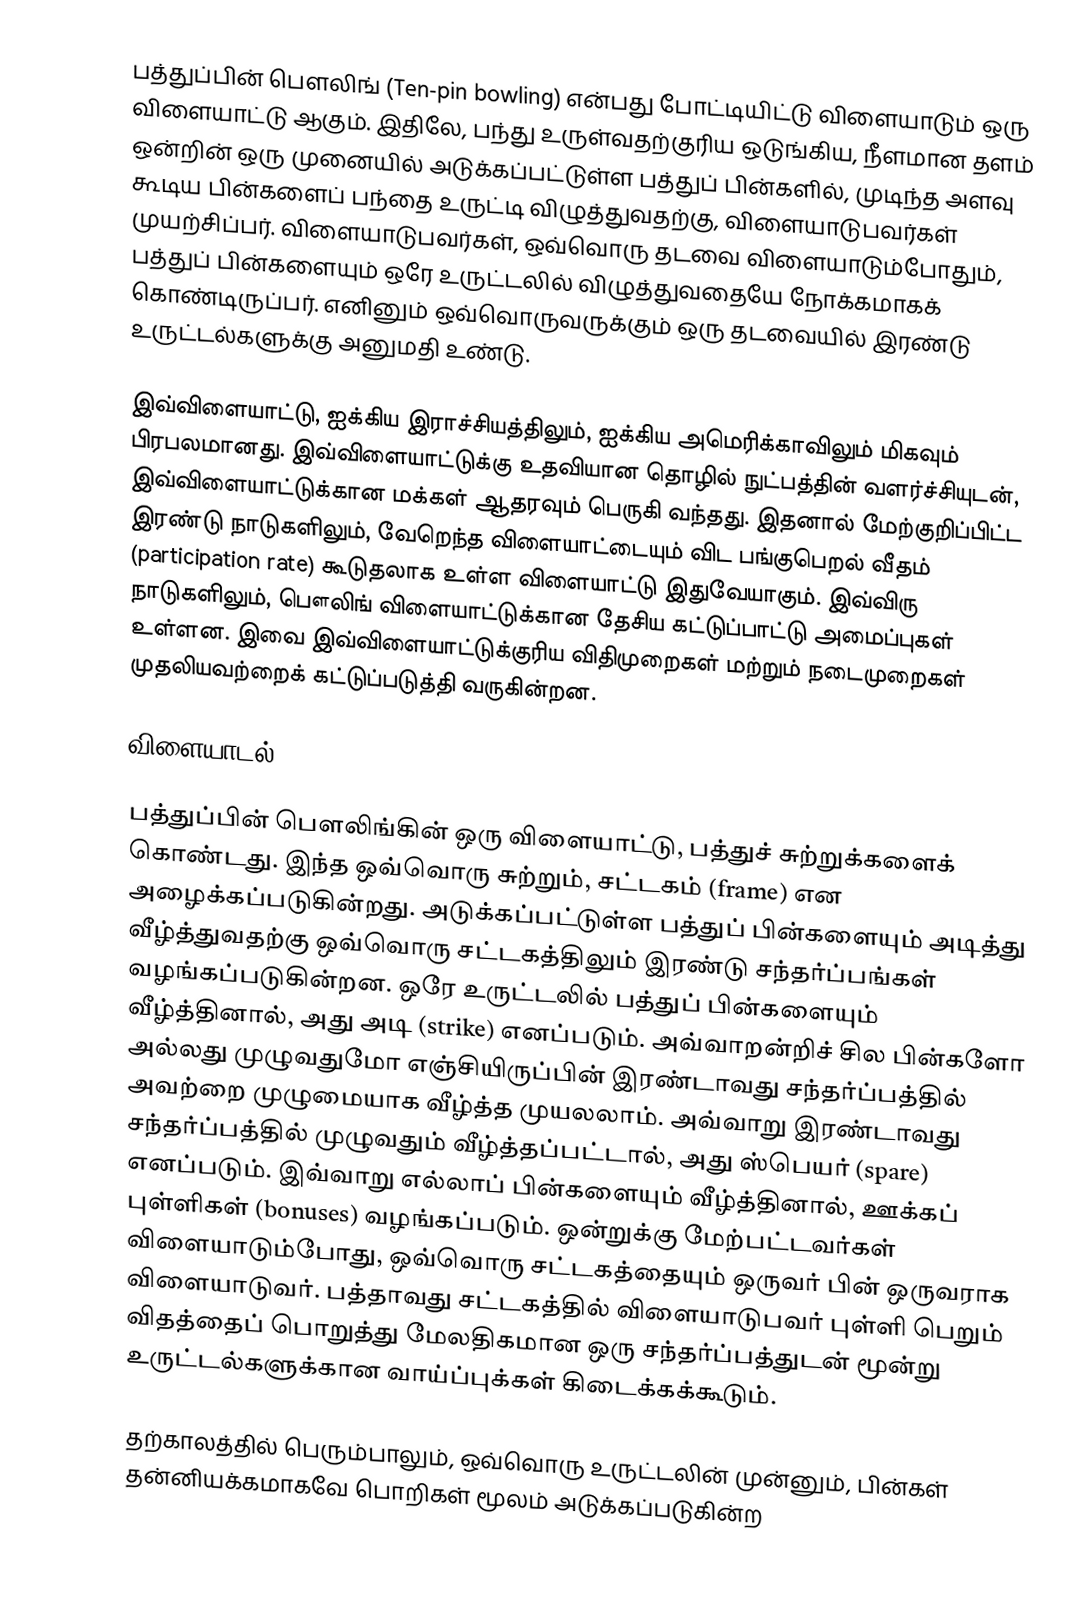
பத்துப்பின் பௌலிங் (Ten-pin bowling) என்பது போட்டியிட்டு விளையாடும் ஒரு விளையாட்டு ஆகும். இதிலே, பந்து உருள்வதற்குரிய ஒடுங்கிய, நீளமான தளம் ஒன்றின்  ஒரு முனையில் அடுக்கப்பட்டுள்ள பத்துப் பின்களில், முடிந்த அளவு கூடிய பின்களைப் பந்தை உருட்டி விழுத்துவதற்கு, விளையாடுபவர்கள் முயற்சிப்பர். விளையாடுபவர்கள், ஒவ்வொரு தடவை விளையாடும்போதும், பத்துப் பின்களையும் ஒரே உருட்டலில் விழுத்துவதையே நோக்கமாகக் கொண்டிருப்பர். எனினும் ஒவ்வொருவருக்கும் ஒரு தடவையில் இரண்டு உருட்டல்களுக்கு அனுமதி உண்டு.

இவ்விளையாட்டு, ஐக்கிய இராச்சியத்திலும், ஐக்கிய அமெரிக்காவிலும் மிகவும் பிரபலமானது. இவ்விளையாட்டுக்கு உதவியான தொழில் நுட்பத்தின் வளர்ச்சியுடன், இவ்விளையாட்டுக்கான மக்கள் ஆதரவும் பெருகி வந்தது. இதனால் மேற்குறிப்பிட்ட இரண்டு நாடுகளிலும், வேறெந்த விளையாட்டையும் விட பங்குபெறல் வீதம் (participation rate) கூடுதலாக உள்ள விளையாட்டு இதுவேயாகும். இவ்விரு நாடுகளிலும், பௌலிங் விளையாட்டுக்கான தேசிய கட்டுப்பாட்டு அமைப்புகள் உள்ளன. இவை இவ்விளையாட்டுக்குரிய விதிமுறைகள் மற்றும் நடைமுறைகள் முதலியவற்றைக் கட்டுப்படுத்தி வருகின்றன.

விளையாடல்

பத்துப்பின் பௌலிங்கின் ஒரு விளையாட்டு, பத்துச் சுற்றுக்களைக் கொண்டது. இந்த ஒவ்வொரு சுற்றும், சட்டகம் (frame) என அழைக்கப்படுகின்றது. அடுக்கப்பட்டுள்ள பத்துப் பின்களையும் அடித்து வீழ்த்துவதற்கு ஒவ்வொரு சட்டகத்திலும் இரண்டு சந்தர்ப்பங்கள் வழங்கப்படுகின்றன. ஒரே உருட்டலில் பத்துப் பின்களையும் வீழ்த்தினால், அது அடி (strike) எனப்படும். அவ்வாறன்றிச் சில பின்களோ அல்லது முழுவதுமோ எஞ்சியிருப்பின் இரண்டாவது சந்தர்ப்பத்தில் அவற்றை முழுமையாக வீழ்த்த முயலலாம். அவ்வாறு இரண்டாவது சந்தர்ப்பத்தில் முழுவதும் வீழ்த்தப்பட்டால், அது ஸ்பெயர் (spare) எனப்படும். இவ்வாறு எல்லாப் பின்களையும் வீழ்த்தினால், ஊக்கப் புள்ளிகள் (bonuses) வழங்கப்படும். ஒன்றுக்கு மேற்பட்டவர்கள் விளையாடும்போது, ஒவ்வொரு சட்டகத்தையும் ஒருவர் பின் ஒருவராக விளையாடுவர். பத்தாவது சட்டகத்தில் விளையாடுபவர் புள்ளி பெறும் விதத்தைப் பொறுத்து மேலதிகமான ஒரு சந்தர்ப்பத்துடன் மூன்று உருட்டல்களுக்கான வாய்ப்புக்கள் கிடைக்கக்கூடும்.

தற்காலத்தில் பெரும்பாலும், ஒவ்வொரு உருட்டலின் முன்னும், பின்கள் தன்னியக்கமாகவே பொறிகள் மூலம் அடுக்கப்படுகின்ற